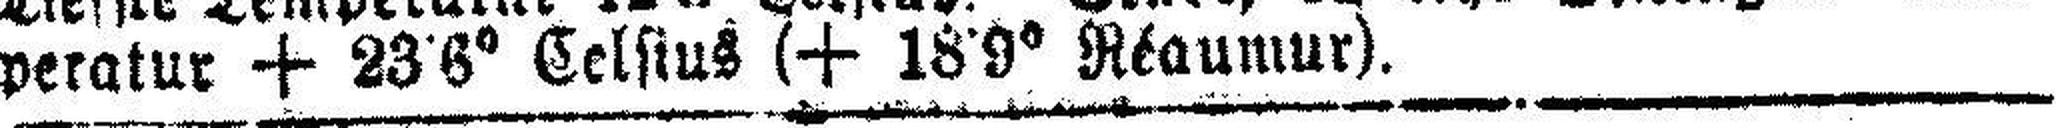
peratur + 23 6° Celsius (+ 18•9° Réaumur).